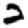
Digit: 2